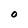
Character: O